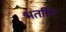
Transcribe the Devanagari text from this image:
भर्तापि